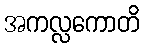
အကလ္လကောတိ